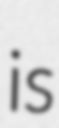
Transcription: is